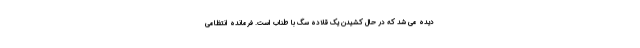
دیده می شد که در حال کشیدن یک قلاده سگ با طناب است. فرمانده انتظامی